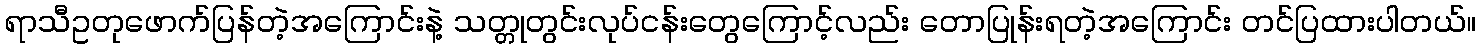
ရာသီဥတုဖောက်ပြန်တဲ့အကြောင်းနဲ့ သတ္တုတွင်းလုပ်ငန်းတွေကြောင့်လည်း တောပြုန်းရတဲ့အကြောင်း တင်ပြထားပါတယ်။